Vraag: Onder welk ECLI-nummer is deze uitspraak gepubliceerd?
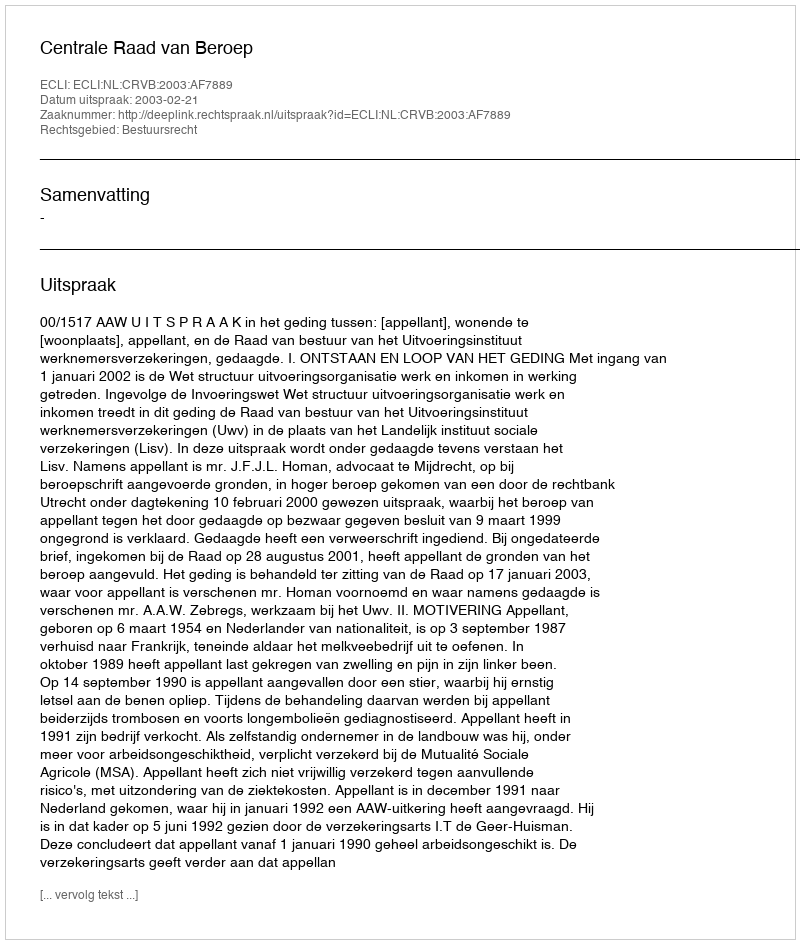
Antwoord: ECLI:NL:CRVB:2003:AF7889